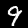
Label: 9